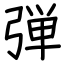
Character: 弾